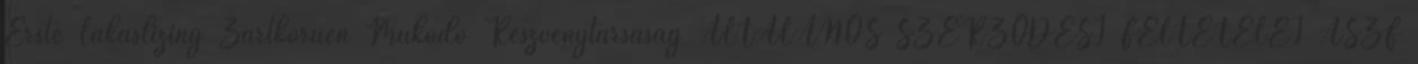
Erste Lakáslízing Zártkörűen Működő Részvénytársaság ÁLTALÁNOS SZERZŐDÉSI FELTÉTELEI ÁSZF